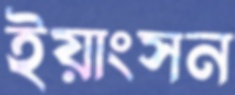
ইয়াংসন